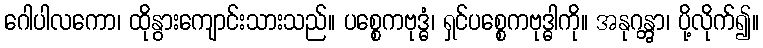
ဂေါပါလကော၊ ထိုနွားကျောင်းသားသည်။ ပစ္စေကဗုဒ္ဓံ၊ ရှင်ပစ္စေကဗုဒ္ဓါကို။ အနုဂန္တွာ၊ ပို့လိုက်၍။